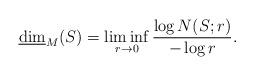
LaTeX: \begin{align*}\underline{\dim}_M(S) = \liminf_{r\to0} \frac{\log N(S;r)}{-\log r}.\end{align*}